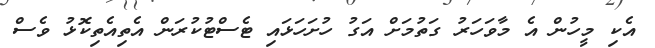
އެކި މީހުން އެ މާވަހަރު ގަތުމަށް އަގު ހުށަހަޅައި ޓެސްޓުކުރަން އެތިއެތިކޮޅު ވެސް